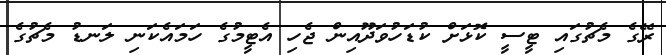
ރޭގެ މެޗުގައި ޓީސީ ކޮޅަށް ކުޑަހުވަދޫއިން ޖެހި އެޓީމުގެ ހަމައެކަނި ލަނޑު މެޗުގެ